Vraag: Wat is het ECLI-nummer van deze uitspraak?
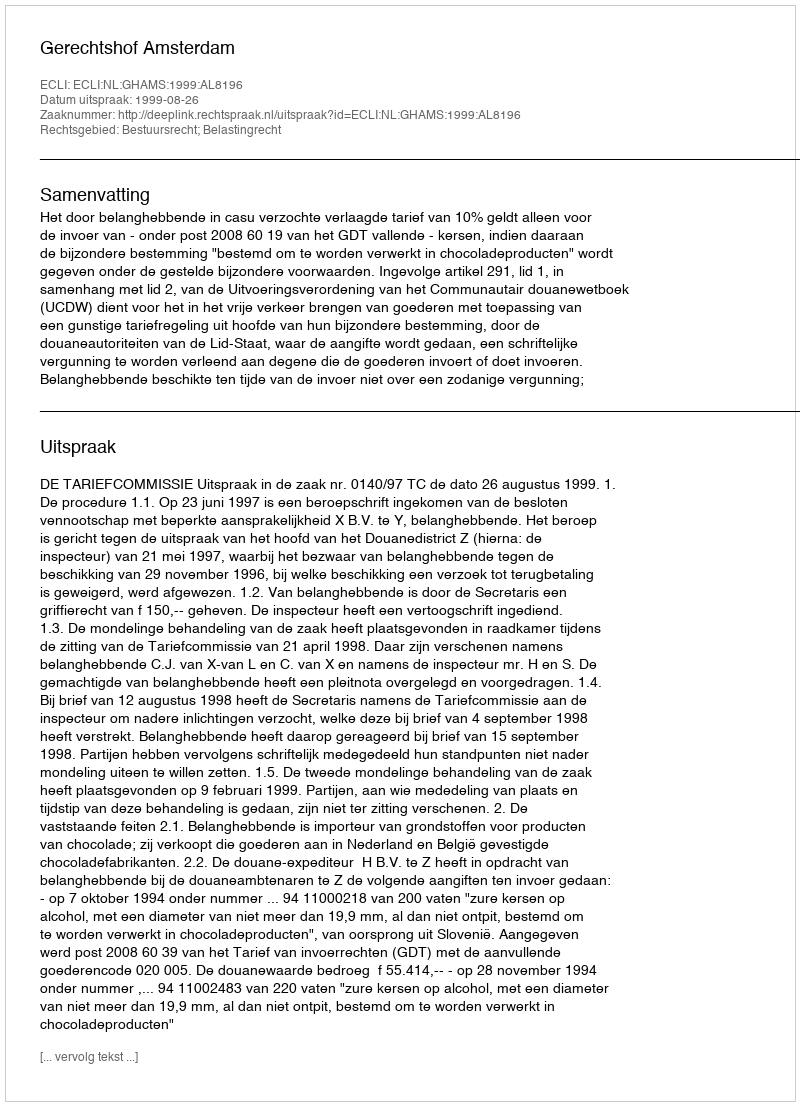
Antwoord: ECLI:NL:GHAMS:1999:AL8196